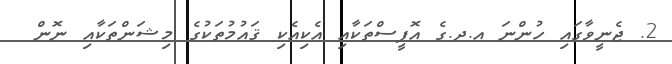
2. ޖެނީވާގައި ހުންނަ އ.ދ.ގެ އޮފީސްތަކާއި އެކިއެކި ޤައުމުތަކުގެ މިޝަންތަކާއި ނޮން